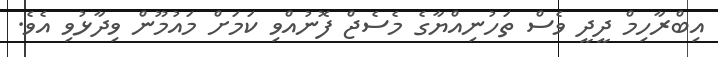
އިބްރާހިމް ދީދީ ވެސް ތަހުނިއްޔާގެ މެސެޖް ފޮނުއްވި ކަމަށް މައުމޫން ވިދާޅުވި އެވެ.